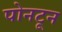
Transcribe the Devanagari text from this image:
पोनटून